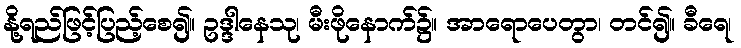
နို့ရည်ဖြင့်ပြည့်စေ၍။ ဥဒ္ဒါနေသု၊ မီးဖိုနောက်၌။ အာရောပေတွာ၊ တင်၍။ ခီရေ၊